Indian journal of veterinary science and animal husbandry - Volumes 22-23, 1952-1953
Year: 1952
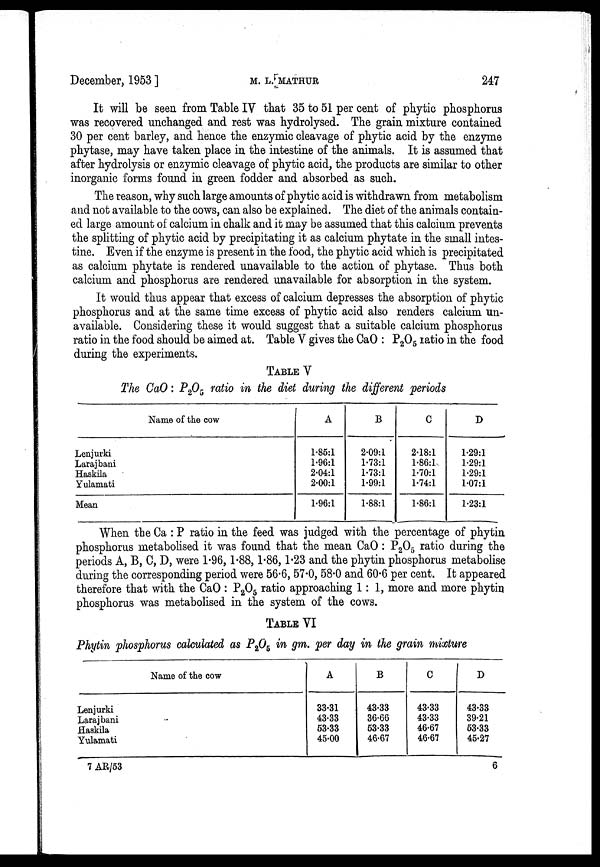
December, 1953 ]
M.
L.
MATHUR
247
It will be seen from Table IV that 35 to 51 per cent of phytic phosphorus
was recovered unchanged and rest was hydrolysed. The grain mixture contained
30 per cent barley, and hence the enzymic cleavage of phytic acid by the enzyme
phytase, may have taken place in the intestine of the animals. It is assumed that
after hydrolysis or enzymic cleavage of phytic acid, the products are similar to other
inorganic forms found in green fodder and absorbed as such.
The reason, why such large amounts of phytic acid is withdrawn from metabolism
and not available to the cows, can also be explained. The diet of the animals contain-
ed large amount of calcium in chalk and it may be assumed that this calcium prevents
the splitting of phytic acid by precipitating it as calcium phytate in the small intes-
tine. Even if the enzyme is present in the food, the phytic acid which is precipitated
as calcium phytate is rendered unavailable to the action of phytase. Thus both
calcium and phosphorus are rendered unavailable for absorption in the system.
It would thus appear that excess of calcium depresses the absorption of phytic
phosphorus and at the same time excess of phytic acid also renders calcium un-
available. Considering these it would suggest that a suitable calcium phosphorus
ratio in the food should be aimed at. Table V gives the CaO : P 2 O 5 ratio in the food
during the experiments.
TABLE V
The CaO: P 2 O 5 ratio in the diet during the different periods
Name of the cow
Lenjurki
Larajbani
Haskila
Yulamati
Mean
A
1.85:1
1.96:1
2.04:1
2.00:1
1.96:1
B
2.09:1
1.73:1
1.73:1
1.99:1
1.88:1
0
2.18:1
1.86:1
1.70:1
1.74:1
1.86:1
D
1.29:1
1.29:1
1.29:1
1.07:1
1.23:1
When the Ca : P ratio in the feed was judged with the percentage of phytin
phosphorus metabolised it was found that the mean CaO : P 2 O 5 ratio during the
periods A, B, C, D, were 1.96, 1.88, 1.86, 1.23 and the phytin phosphorus metabolise
during the corresponding period were 56.6, 57.0, 58.0 and 60.6 per cent. It appeared
therefore that with the CaO : P 2 O 5 ratio approaching 1 : 1, more and more phytin
phosphorus was metabolised in the system of the cows.
TABLE VI
Phytin phosphorus calculated as P 2 O 5 in gm. per day in the grain mixture
Name of the cow
Lenjurki
Larajbani
Haskila
Yulamati
A
33.31
43.33
53.33
45.00
B
43.33
36.66
53.33
46.67
C
43.33
43.33
46.67
46.67
D
43.33
39.21
53.33
45.27
7 AR/53
6